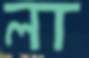
লা